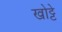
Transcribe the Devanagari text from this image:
खोट्टे